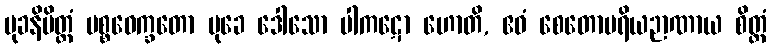
မုခနိမိတ္တံ ပစ္စဝေက္ခတော မုခေ ဒေါသော ပါကဋော ဟောတိ, ဧဝံ စေတောပရိယဉာဏာယ စိတ္တံ